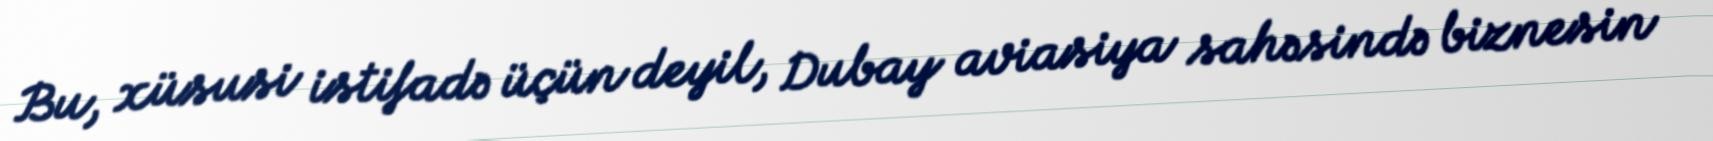
Bu, xüsusi istifadə üçün deyil, Dubay aviasiya sahəsində biznesin